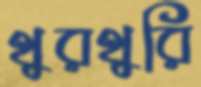
থুরথুরি